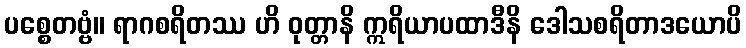
ပစ္စေတဗ္ဗံ။ ရာဂစရိတဿ ဟိ ဝုတ္တာနိ ဣရိယာပထာဒီနိ ဒေါသစရိတာဒယောပိ